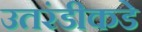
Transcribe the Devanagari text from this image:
उतरंडीकडे